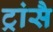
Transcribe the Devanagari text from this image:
ट्रांसै